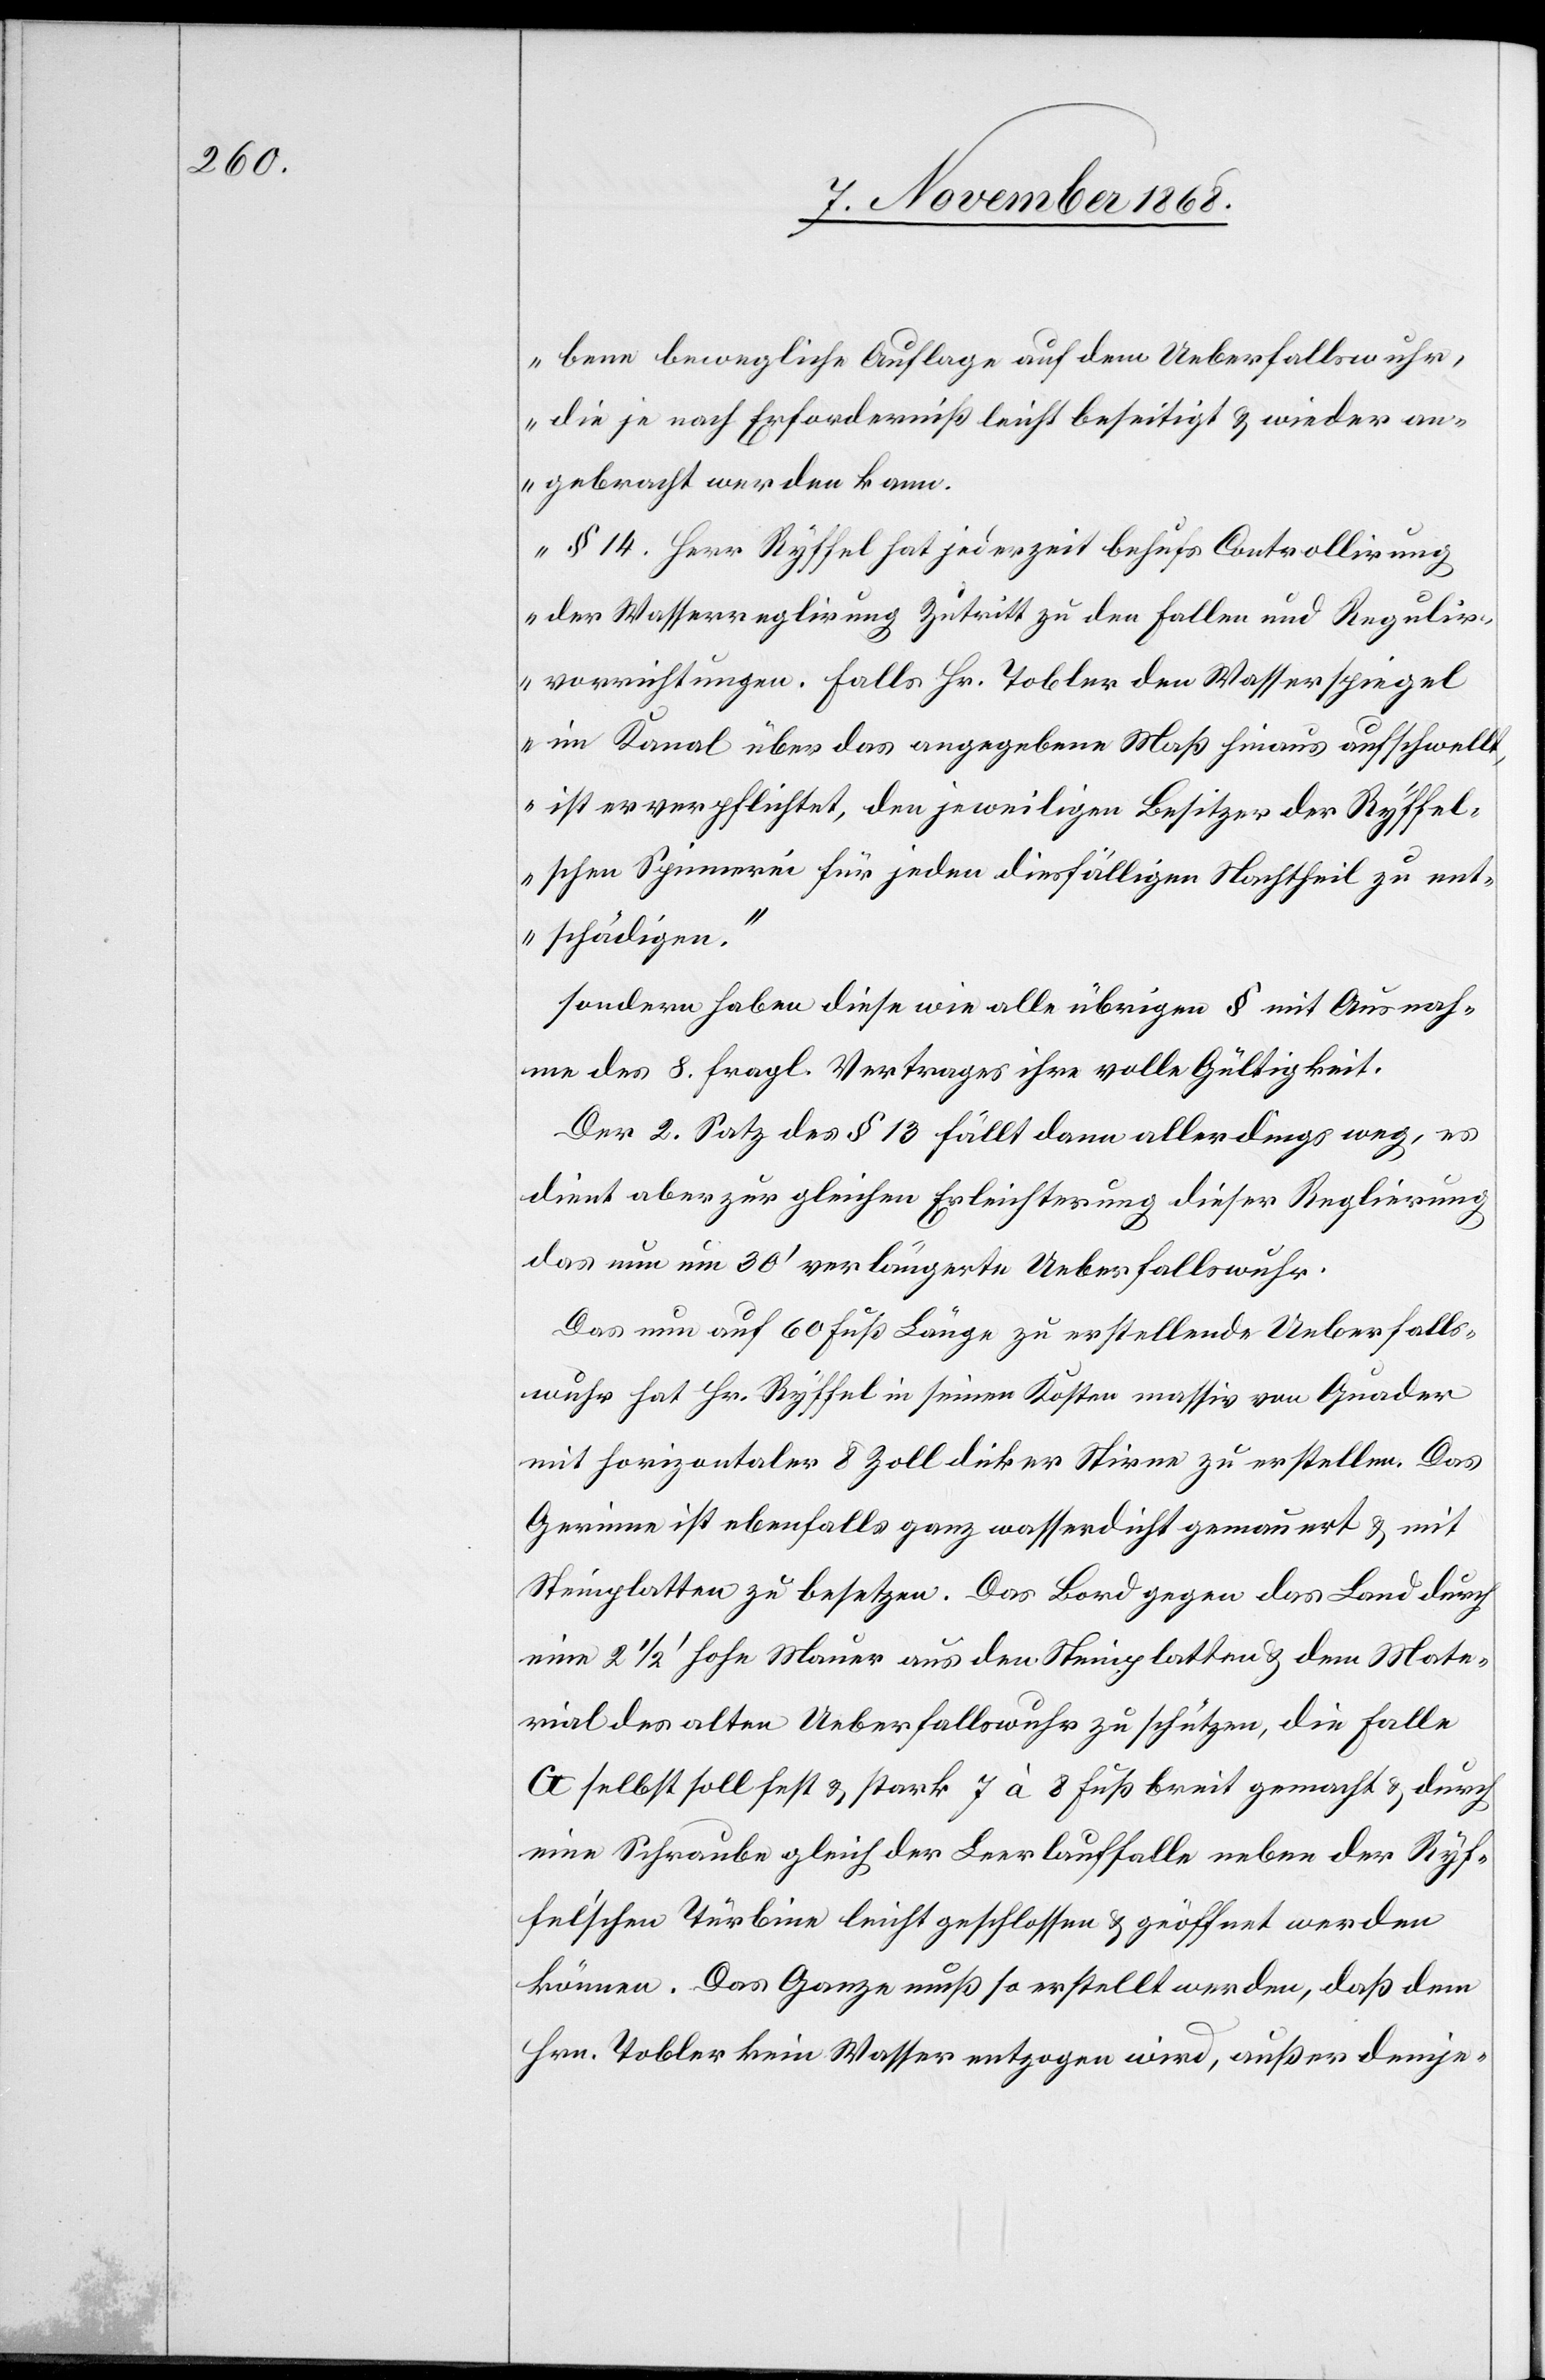
bene bewegliche Auflage auf dem Ueberfallswuhr,
die je nach Erforderniß leicht beseitigt & wieder an¬
gebracht werden kann.
§ 14. Herr Ryffel hat jederzeit behufs Controllirung
der Wasserreglirung Zutritt zu den Fallen und Regulir¬
vorrichtungen. Falls Hr. Tobler den Wasserspiegel
im Kanal über das angegebene Maß hinaus aufschwell¬
t, ist er verpflichtet, den jeweiligen Besitzer der Ryffel¬
schen Spinnerei für jeden diesfälligen Nachtheil zu ent¬
schädigen.“
sondern haben diese wie alle übrigen § mit Ausnah¬
me des 8. fragl. Vertrages ihre volle Gültigkeit.
Der 2. Satz des § 13 fällt dann allerdings weg, es
dient aber zur gleichen Erleichterung dieser Reglierung
das nun um 30‘ verlängerte Ueberfallswuhr.
Das nun auf 60 Fuß Länge zu erstellende Ueberfalls¬
wuhr hat Hr. Ryffel in seinen Kosten massiv von Quader
mit horizontaler 8 Zoll dicker Stirne zu erstellen. Das
Gerinne ist ebenfalls ganz wasserdicht gemauert & mit
Steinplatten zu besetzen. Das Bord gegen das Land durch
eine 2 1/2 ‘ hohe Mauer aus den Steinplatten & dem Mate¬
rial des alten Ueberfallswuhr zu schützen, die Falle
G selbst soll fest & stark 7 à 8 Fuß breit gemacht & durch
eine Schraube gleich der Leerlauffalle neben der Ryf¬
fel’schen Türbine leicht geschlossen & geöffnet werden
können. Das Ganze muß so erstellt werden, daß dem
Hrn. Tobler kein Wasser entzogen wird, außer demje-